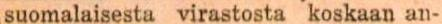
suomalaisesta virastosta koskaan an